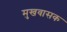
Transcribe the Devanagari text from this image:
मुखवासक